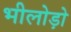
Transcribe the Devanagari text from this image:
भीलोड़ो